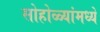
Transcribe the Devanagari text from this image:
सोहोळ्यांमध्ये